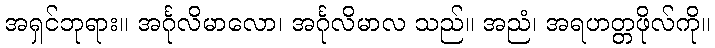
အရှင်ဘုရား။ အင်္ဂုလိမာလော၊ အင်္ဂုလိမာလ သည်။ အညံ၊ အရဟတ္တဖိုလ်ကို။